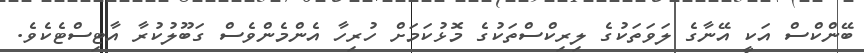
ބޭންކްސް އަކީ އޭނާގެ ލަވަތަކުގެ ލިރިކްސްތަކުގެ މޮޅުކަމަށް ހުރިހާ އެންމެންވެސް ގަބޫލުކުރާ އާޓިސްޓެކެވެ.